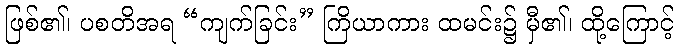
ဖြစ်၏၊ ပစတိအရ “ကျက်ခြင်း” ကြိယာကား ထမင်း၌ မှီ၏၊ ထို့ကြောင့်